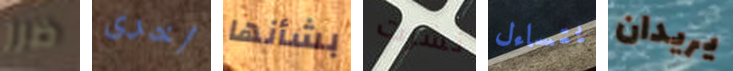
ضرر أخرى بشأنها نشرت يتساءل يريدان